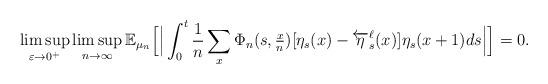
LaTeX: \begin{align*} \limsup_{\varepsilon \rightarrow 0^{+}}\limsup_{n \rightarrow \infty}\mathbb{E}_{\mu_n} \Big[ \Big| \int_{0}^{t}\frac{1}{n}\sum_{x} \Phi_{n} (s, \tfrac{x}{n} ) [\eta_{s}(x)- \overleftarrow{\eta}_{s}^{\ell}(x) ]\eta_{s}(x+1) ds \Big| \Big] =0.\end{align*}